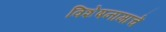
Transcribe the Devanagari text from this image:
विशेषनामाचे